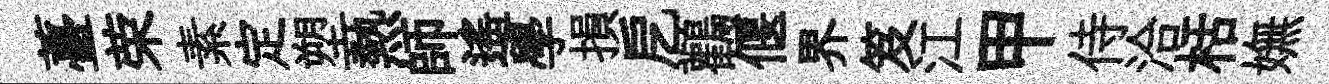
薹荣素定塑熱師遙學損戹鸛偃界笈江甲侍洽栝嫵